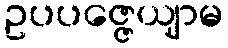
ဥပပဇ္ဇေယျာမ